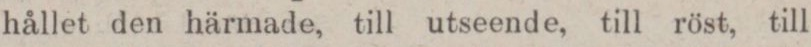
hållet den härmade, till utseende, till röst, till